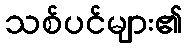
သစ်ပင်များ၏